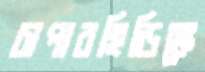
চাপারহিডিঙ্কে